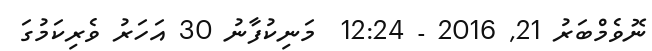
ނޮވެމްބަރު 21